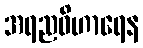
အရညဝိဟာရေန